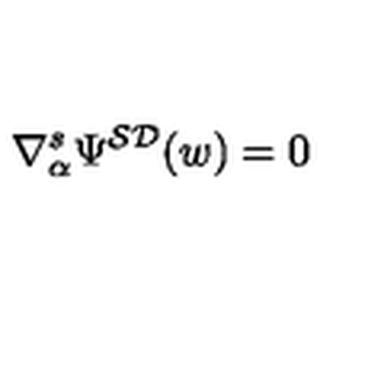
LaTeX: \nabla _ { \alpha } ^ { s } \Psi ^ { { \cal S D } } ( w ) = 0